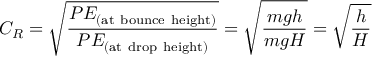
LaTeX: C _ { R } = { \sqrt { \frac { P E _ { \mathrm { ( a t ~ b o u n c e ~ h e i g h t ) } } } { P E _ { \mathrm { ( a t ~ d r o p ~ h e i g h t ) } } } } } = { \sqrt { \frac { m g h } { m g H } } } = { \sqrt { \frac { h } { H } } }